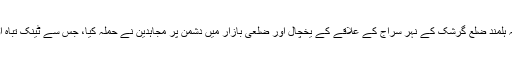
اطلاع کے مطابق اتوار کے روز دو پہر گیارہ بجے کے لگ بھگ صوبہ ہلمند ضلع گرشک کے نہر سراج کے علاقے کے یخچال اور ضلعی بازار میں دشمن پر مجاہدین نے حملہ کیا، جس سے ٹینک تباہ اور کمانڈر جاوید ہلاک، جبکہ مجاہدین نے ایک موٹرسائکل غنیمت کرلیا۔